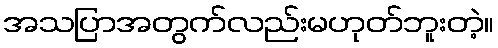
အသပြာအတွက်လည်းမဟုတ်ဘူးတဲ့။